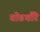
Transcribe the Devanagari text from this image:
घोडचौरे